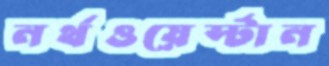
নর্থওয়ের্স্টান